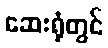
ဆေးရုံတွင်